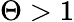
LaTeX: \Theta>1